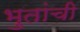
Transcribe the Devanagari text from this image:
भुतांची